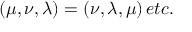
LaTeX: ( \mu , \nu , \lambda ) = ( \nu , \lambda , \mu ) \, e t c .